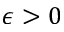
\epsilon > 0